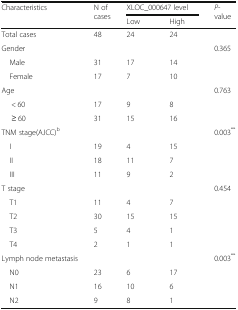
| <ROWSPAN=2> Characteristics | <ROWSPAN=2> N of cases | <COLSPAN=2> XLOC_000647 level | <ROWSPAN=2> P-value |
 | Low | High |
 | --- | --- | --- | --- | --- |
 | Total cases | 48 | 24 | 24 |  |
 | Gender |  |  |  | 0.365 |
 | Male | 31 | 17 | 14 |  |
 | Female | 17 | 7 | 10 |  |
 | Age |  |  |  | 0.763 |
 | < 60 | 17 | 9 | 8 |  |
 | ≥ 60 | 31 | 15 | 16 |  |
 | TNM stage(AJCC)b |  |  |  | 0.003** |
 | I | 19 | 4 | 15 |  |
 | II | 18 | 11 | 7 |  |
 | III | 11 | 9 | 2 |  |
 | T stage |  |  |  | 0.454 |
 | T1 | 11 | 4 | 7 |  |
 | T2 | 30 | 15 | 15 |  |
 | T3 | 5 | 4 | 1 |  |
 | T4 | 2 | 1 | 1 |  |
 | Lymph node metastasis |  |  |  | 0.003** |
 | N0 | 23 | 6 | 17 |  |
 | N1 | 16 | 10 | 6 |  |
 | N2 | 9 | 8 | 1 |  |